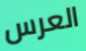
العرس